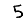
Digit: 5